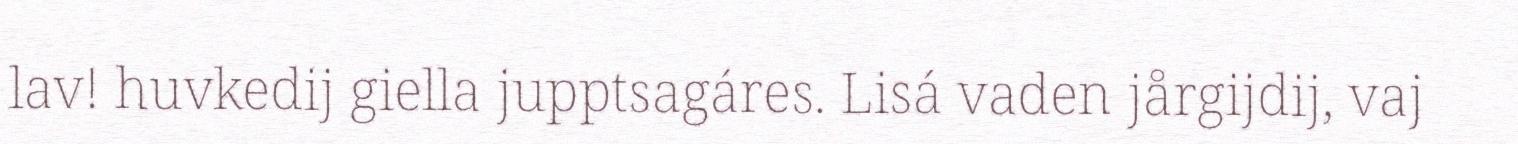
lav! huvkedij giella jupptsagáres. Lisá vaden jårgijdij, vaj